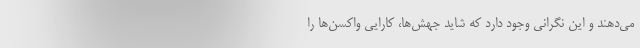
می‌دهند و این نگرانی وجود دارد که شاید جهش‌ها، کارایی واکسن‌ها را